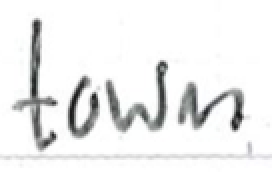
Text: town
Cross-out: clean
Writing tool: ballpoint